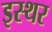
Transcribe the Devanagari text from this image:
इस्थर